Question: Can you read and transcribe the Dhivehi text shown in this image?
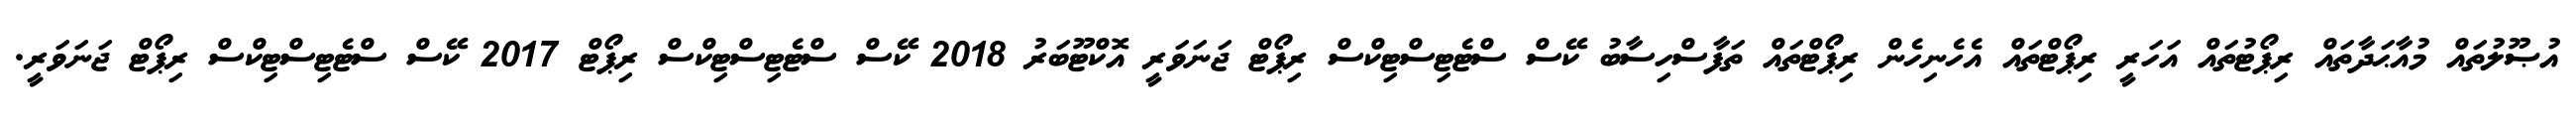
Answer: އުޞޫލުތައް މުއާޙަދާތައް ރިޕޯޓުތައް އަހަރީ ރިޕޯޓްތައް އެހެނިހެން ރިޕޯޓްތައް ތަފާސްހިސާބު ކޭސް ސްޓެޓިސްޓިކްސް ރިޕޯޓް ޖަނަވަރީ އޮކްޓޫބަރު 2018 ކޭސް ސްޓެޓިސްޓިކްސް ރިޕޯޓް 2017 ކޭސް ސްޓެޓިސްޓިކްސް ރިޕޯޓް ޖަނަވަރީ.